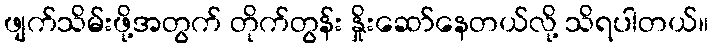
ဖျက်သိမ်းဖို့အတွက် တိုက်တွန်း နှိုးဆော်နေတယ်လို့ သိရပါတယ်။